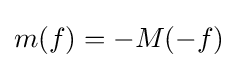
m(f)=-M(-f)